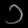
Digit: ၁